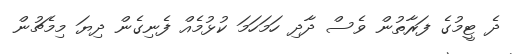
ދެ ޓީމުގެ ފަރާތުން ވެސް ދާދި ހަމަހަމަ ކުޅުމެއް ފެނިގެން ދިޔަ މިމެޗުން